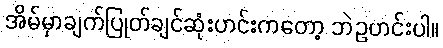
အိမ်မှာချက်ပြုတ်ချင်ဆုံးဟင်းကတော့ ဘဲဥဟင်းပါ။